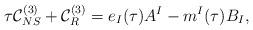
LaTeX: \begin{align*}\tau {\cal C}_{NS}^{(3)}+{\cal C}_R^{(3)}=e_I(\tau)A^I-m^I(\tau)B_I,\end{align*}